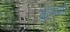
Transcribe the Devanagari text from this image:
मुलम्मों